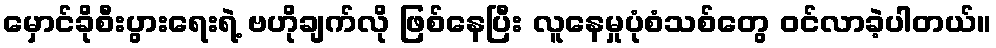
မှောင်ခိုစီးပွားရေးရဲ့ ဗဟိုချက်လို ဖြစ်နေပြီး လူနေမှုပုံစံသစ်တွေ ဝင်လာခဲ့ပါတယ်။